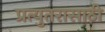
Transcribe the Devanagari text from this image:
प्रत्युतरासाठी